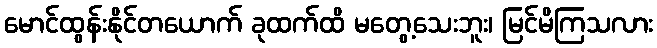
မောင်ထွန်းနိုင်တယောက် ခုထက်ထိ မတွေ့သေးဘူး၊ မြင်မိကြသလား